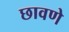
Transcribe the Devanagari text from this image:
छावणे